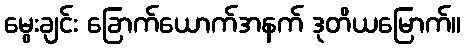
မွေးချင်း ခြောက်ယောက်အနက် ဒုတိယမြောက်။